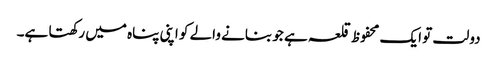
دولت تو ایک محفوظ قلعہ ہے جو بنانے والے کو اپنی پناہ میں رکھتا ہے۔